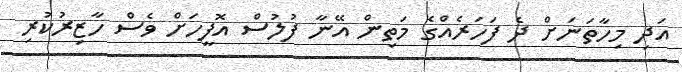
އަދި މިހާތަނަށް ދެ ފަހަރެއްގެ މަތިން އޭނާ ފުލުސް އޮފީހަށް ވެސް ހާޒިރުކުރި